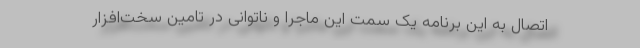
اتصال به این برنامه یک سمت این ماجرا و ناتوانی در تامین سخت‌افزار